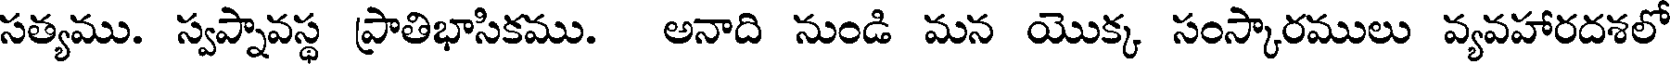
సత్యము. స్వప్నావస్థ ప్రాతిభాసికము. అనాది నుండి మన యొక్క సంస్కారములు వ్యవహారదశలో